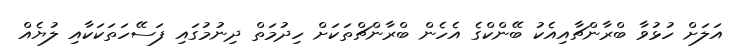
އަލަށް ހުޅުވާ ބްރާންޗާއިއެކު ބޭންކްގެ އެހެން ބްރާންޗްތަކަށް ހިދުމަތް ދިނުމުގައި ފަސޭހަތަކަކާއި ލުޔެއް